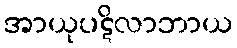
အာယုပဋိလာဘာယ